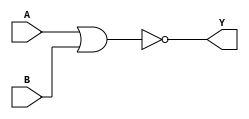
module NOR2X1(A, B, Y);
input A, B;
output Y;
nor(Y, A, B);
endmodule